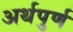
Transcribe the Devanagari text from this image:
अर्थपुर्ण